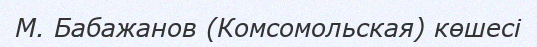
М. Бабажанов (Комсомольская) көшесі